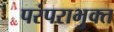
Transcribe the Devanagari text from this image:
परंपराभुक्त